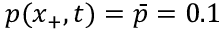
p ( x _ { + } , t ) = \bar { p } = 0 . 1